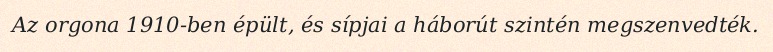
Az orgona 1910-ben épült, és sípjai a háborút szintén megszenvedték.